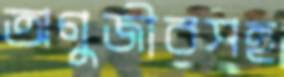
অণুজীবসহ